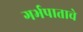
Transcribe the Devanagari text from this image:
गर्भपाताचे